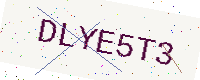
Text: DLYE5T3